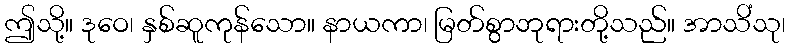
ဤသို့။ ဒုဝေ၊ နှစ်ဆူကုန်သော။ နာယကာ၊ မြတ်စွာဘုရားတို့သည်။ အာသိံသု၊